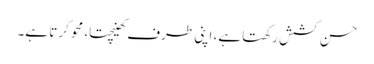
حسن کشش رکھتا ہے، اپنی طرف کھینچتا، محو کرتا ہے۔